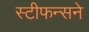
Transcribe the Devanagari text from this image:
स्टीफन्सने